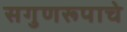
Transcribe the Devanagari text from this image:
सगुणरूपाचे